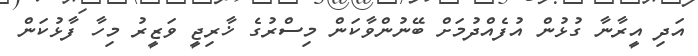
އަދި އީރާނާ ގުޅުން އުފެއްދުމަށް ބޭނުންވާކަން މިސްރުގެ ޚާރިޖީ ވަޒީރު މިހާ ފާޅުކަން